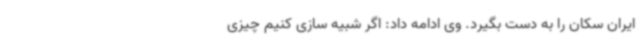
ایران سکان را به دست بگیرد. وی ادامه داد: اگر شبیه سازی کنیم چیزی